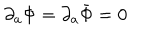
LaTeX: \partial _ { a } \Phi = \partial _ { a } \bar { \Phi } = 0